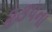
૨૩૫ના